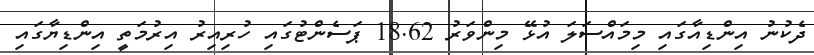
ދެކުނު އިންޑިއާގައި މިމައްސަލަ އުޅޭ މިންވަރު 18.62 ޕަސެންޓުގައި ހުރިއިރު އިރުމަތީ އިންޑިޔާގައި